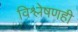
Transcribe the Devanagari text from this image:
विश्लेषणही